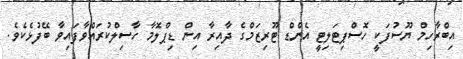
އިބްރާހިމް ޔޫސުފަކީ ހޮސްޕިޓަލިޓީ އެންޑް ޓޫރިޒަމްގެ ދާއިރާ އިން ޑިޕްލޮމާ ހާސިލްކުރައްވާފައިވާ ބޭފުޅެކެވެ.